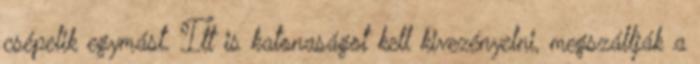
csépelik egymást. Itt is katonaságot kell kivezényelni, megszállják a